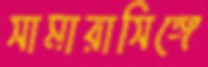
সামারাসিঙ্গে